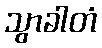
သွာခါတံ